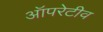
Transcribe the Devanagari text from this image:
ऑपरेटीव